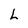
Character: L